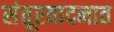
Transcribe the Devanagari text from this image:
संतूरवादनात